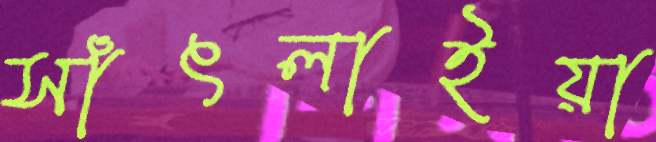
সাঁৎলাইয়া